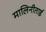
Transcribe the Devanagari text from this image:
मालिनीताई